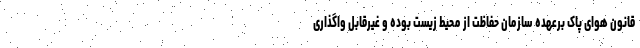
قانون هوای پاک برعهده سازمان حفاظت از محیط زیست بوده و غیرقابل واگذاری